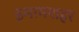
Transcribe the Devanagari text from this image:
इमामशहर